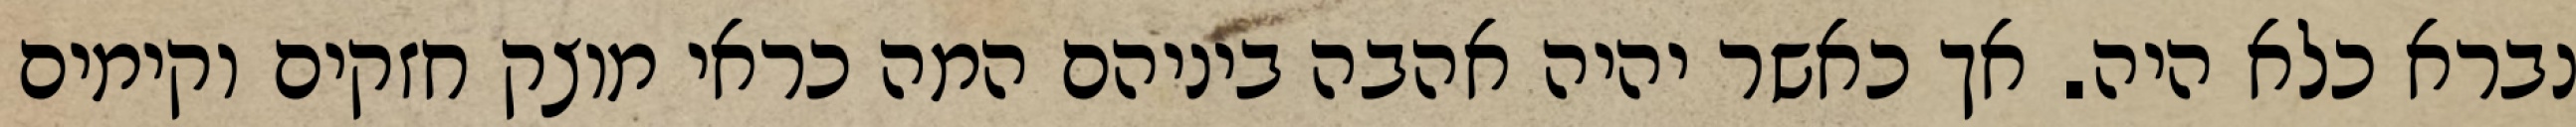
נברא כלא היה. אך כאשר יהיה אהבה ביניהם המה כראי מוצק חזקים וקימים